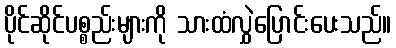
ပိုင်ဆိုင်ပစ္စည်းများကို သားထံလွှဲပြောင်းပေးသည်။